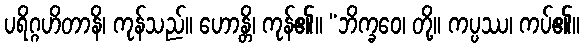
ပရိဂ္ဂဟိတာနိ၊ ကုန်သည်။ ဟောန္တိ၊ ကုန်၏။ “ဘိက္ခဝေ၊ တို့။ ကပ္ပဿ၊ ကပ်၏။